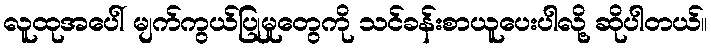
လူထုအပေါ် မျက်ကွယ်ပြုမှုတွေကို သင်ခန်းစာယူပေးပါလို့ ဆိုပါတယ်။